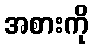
အစားကို